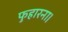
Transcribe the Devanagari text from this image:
फुहारना।